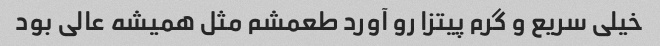
خیلی سریع و گرم پیتزا رو آورد طعمشم مثل همیشه عالی بود